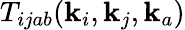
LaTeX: T_{ijab}(\mathbf{k}_{i},\mathbf{k}_{j},\mathbf{k}_{a})